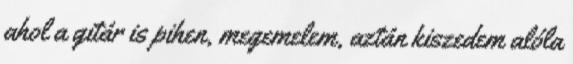
ahol a gitár is pihen, megemelem, aztán kiszedem alóla